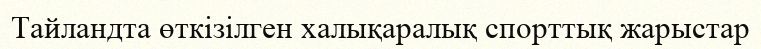
Тайландта өткізілген халықаралық спорттық жарыстар